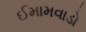
ઈમામવાડો